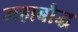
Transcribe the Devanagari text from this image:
महाबौद्ध